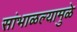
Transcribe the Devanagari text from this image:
सांभाळल्यामुळे